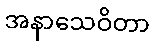
အနာသေဝိတာ